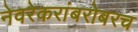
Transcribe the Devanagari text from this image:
नेवरेकरांबरोबरच